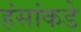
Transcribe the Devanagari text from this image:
हंसांकडे